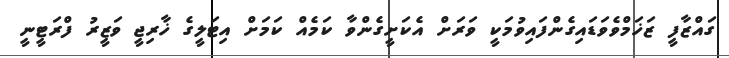
ގައްޒާފީ ޒަޚަމްވެވަޑައިގެންފައިވުމަކީ ވަރަށް އެކަށީގެންވާ ކަމެއް ކަމަށް އިޓަލީގެ ޚާރިޖީ ވަޒީރު ފްރަޓީނީ